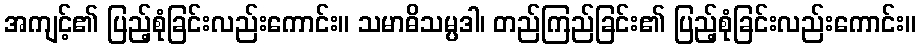
အကျင့်၏ ပြည့်စုံခြင်းလည်းကောင်း။ သမာဓိသမ္ပဒါ၊ တည်ကြည်ခြင်း၏ ပြည့်စုံခြင်းလည်းကောင်း။